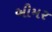
બીમર